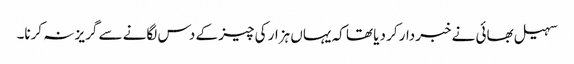
سہیل بھائی نے خبردار کر دیا تھا کہ یہاں ہزار کی چیز کے دس لگانے سے گریز نہ کرنا۔